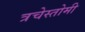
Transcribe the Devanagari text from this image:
त्रचेस्तोमी